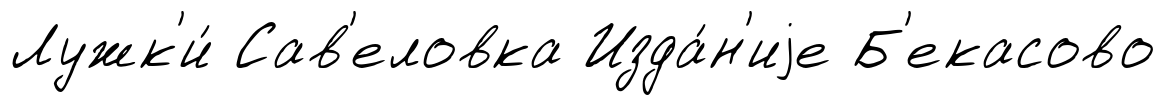
Лужк'и́ Сав'еловка Изда́н'иjе Б'екасово